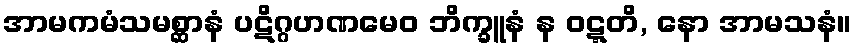
အာမကမံသမစ္ဆာနံ ပဋိဂ္ဂဟဏမေဝ ဘိက္ခူနံ န ဝဋ္ဋတိ, နော အာမသနံ။